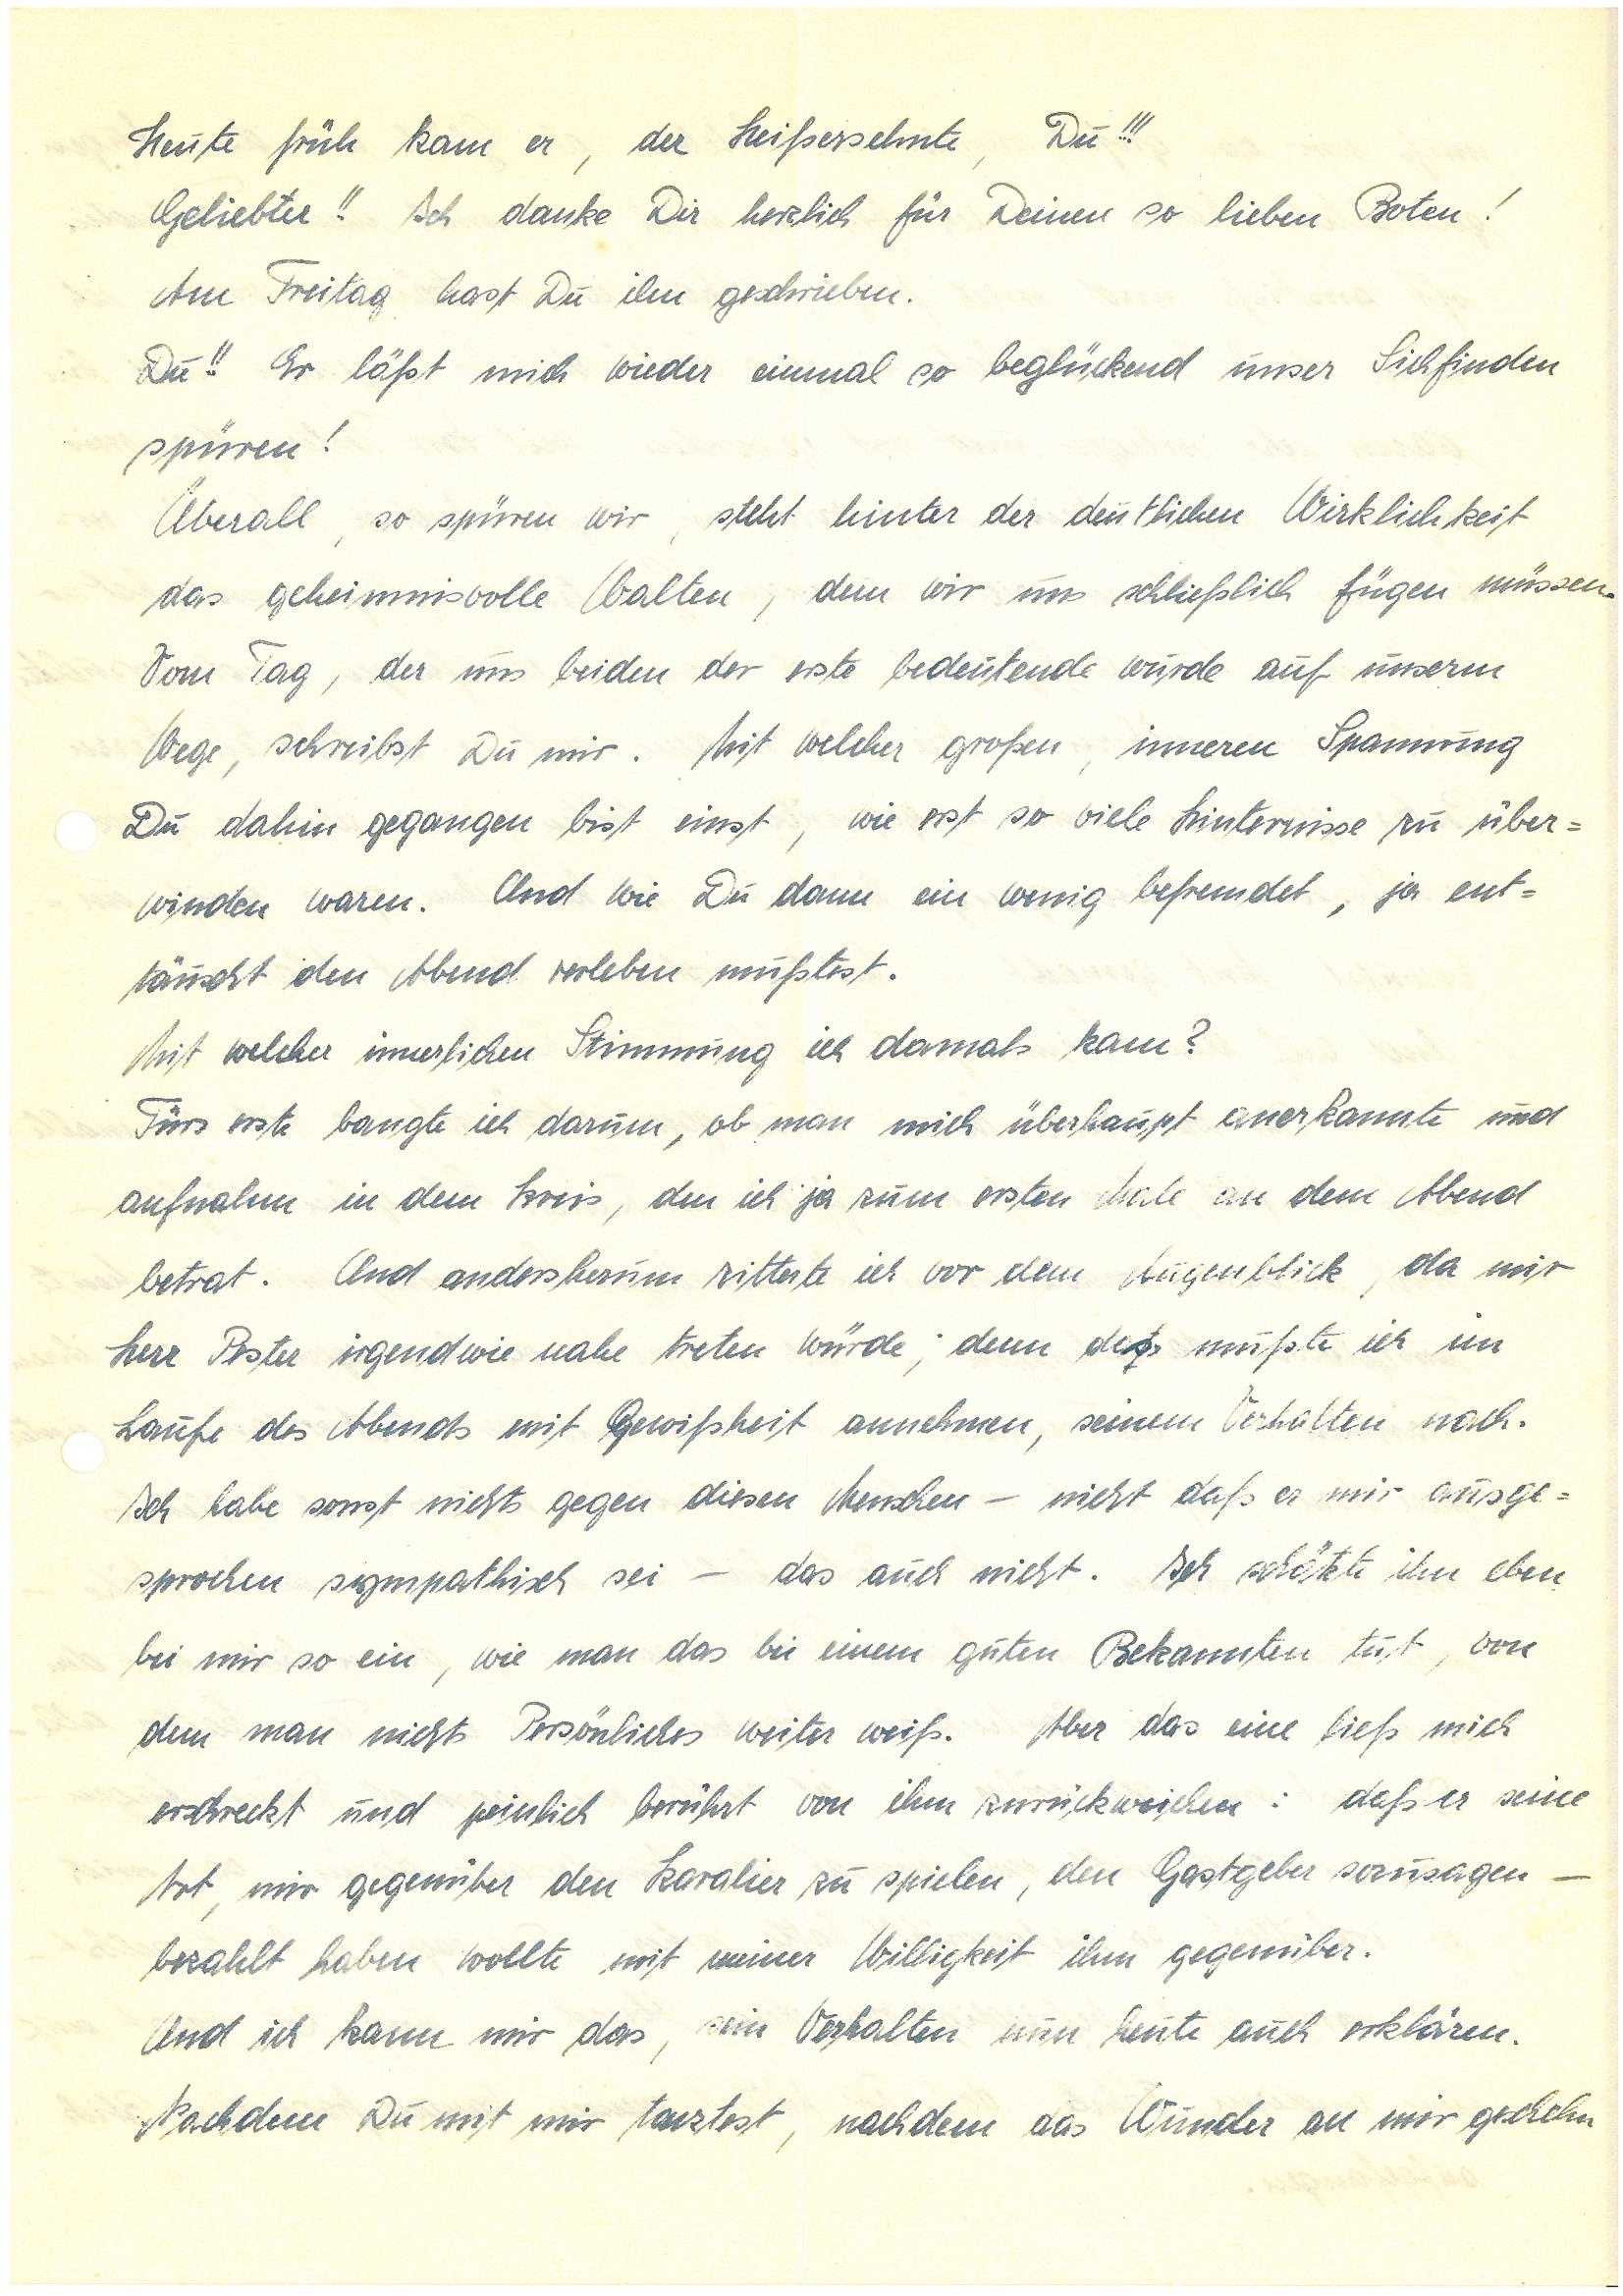
Heute früh kam er, der Heißersehnte, Du!!!
Geliebter!! Ich danke Dir herzlich für Deinen so lieben Boten!
Am Freitag hast Du ihn geschrieben.
Du!! Er läßt mich wieder einmal so beglückend unser Sichfinden
spüren!
Überall, so spüren wir, steht hinter der deutlichen Wirklichkeit
das geheimnisvolle Walten, dem wir uns schließlich fügen müssen.
Vom Tag, der uns beiden der erste bedeutende würde auf unserem
Wege, schreibst Du mir. Mit welcher großen, inneren Spannung
Du dahin gegangen bist einst, wie erst so viele Hinternisse zu über¬
winden waren. Und wie Du dann ein wenig befremdet, ja ent¬
täuscht den Abend verleben mußtest.
Mit welcher innerlichen Stimmung ich damals kam?
Fürs erste bangte ich darum, ob man mich überhaupt anerkannte und
aufnahm in den Kreis, den ich ja zum ersten Male an dem Abend
betrat. Und andersherum zitterte ich vor dem Augenblick, da mir
Herr P. irgendwie nahe treten würde; denn das mußte ich im
Laufe des Abends mit Gewissheit annehmen, seinem Verhalten nach.
Ich habe sonst nichts gegen diesen Menschen – nicht daß er mir ausge¬
sprochen sympathisch sei – das auch nicht. Ich schätzte ihn eben
bei mir so ein, wie man das bei einem guten Bekannten tut, von
dem man nichts Persönliches weiter weiß. Aber das eine ließ mich
erschreckt und peinlich berührt von ihm zurückweichen: daß er seine
Art, mir gegenüber den Kavalier zu spielen, den Gastgeber sozusagen –
bezahlt haben wollte mit meiner Willigkeit ihm gegenüber.
Und ich kann mir das, sein Verhalten nun heute auch erklären.
Nachdem Du mit mir tanztest, nachdem das Wunder an mir geschehn